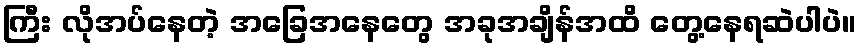
ကြီး လိုအပ်နေတဲ့ အခြေအနေတွေ အခုအချိန်အထိ တွေ့နေရဆဲပါပဲ။